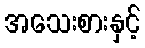
အသေးစားနှင့်